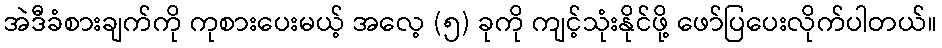
အဲဒီခံစားချက်ကို ကုစားပေးမယ့် အလေ့ (၅) ခုကို ကျင့်သုံးနိုင်ဖို့ ဖော်ပြပေးလိုက်ပါတယ်။